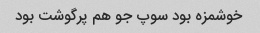
خوشمزه بود سوپ جو هم پرگوشت بود